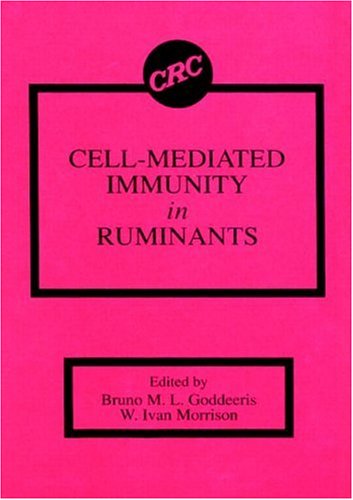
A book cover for Cell-Mediated Immunity in Ruminants; Bruno M. L. Goddeeris; Medical Books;